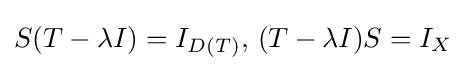
S(T-\lambda I)=I_{D(T)},\,(T-\lambda I)S=I_{X}